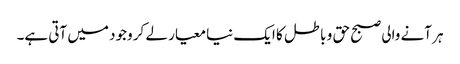
ہر آنے والی صبح حق و باطل کا ایک نیا معیار لے کر وجود میں آتی ہے۔